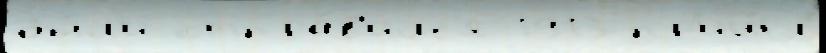
бы́л'и отпра́в'илс'я 1913 пр'иш́л